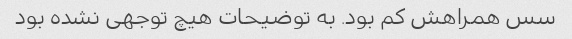
سس همراهش کم بود. به توضیحات هیچ توجهی نشده بود